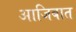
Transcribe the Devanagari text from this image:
आजिबात